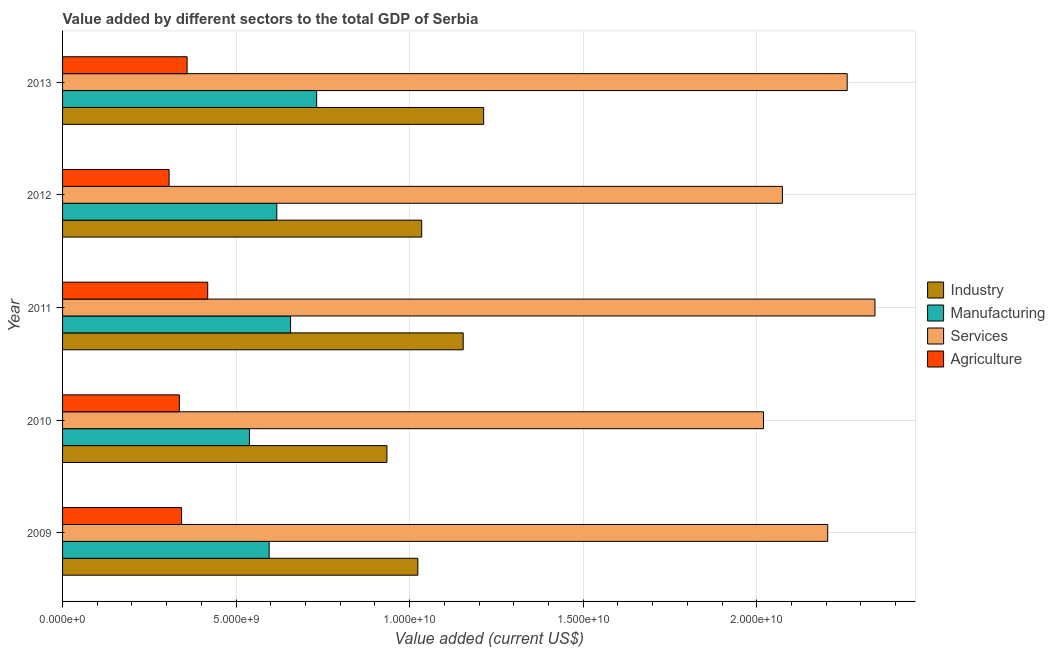
| Year | Industry | Manufacturing | Services | Agriculture |
 | --- | --- | --- | --- | --- |
 | 2009 | 1.02e+10 | 5.95e+09 | 2.2e+10 | 3.43e+09 |
 | 2010 | 9.34e+09 | 5.38e+09 | 2.02e+10 | 3.36e+09 |
 | 2011 | 1.15e+10 | 6.57e+09 | 2.34e+10 | 4.18e+09 |
 | 2012 | 1.03e+10 | 6.17e+09 | 2.07e+10 | 3.07e+09 |
 | 2013 | 1.21e+10 | 7.32e+09 | 2.26e+10 | 3.59e+09 |